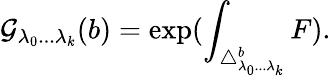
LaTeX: \mathcal{G}_{\lambda_{0}...\lambda_{k}}(b)=\exp(\int_{\triangle_{\lambda_{0}...\lambda_{k}}^{b}}F).